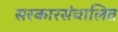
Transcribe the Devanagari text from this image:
सरकारसंचालित